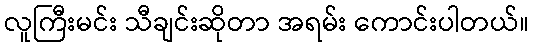
လူကြီးမင်း သီချင်းဆိုတာ အရမ်း ကောင်းပါတယ်။